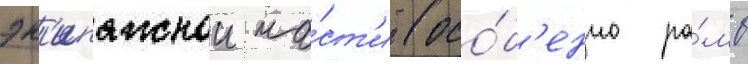
эк'ипажнои ча́ст'и (осо́б'енно ра́мы